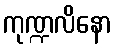
ကုဏ္ဍလိနော